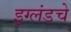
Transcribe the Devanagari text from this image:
इग्लंडचे